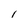
Character: I